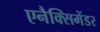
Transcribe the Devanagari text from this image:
एनैक्सिमेंडर